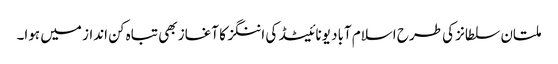
ملتان سلطانز کی طرح اسلام آباد یونائیٹڈ کی اننگز کا آغاز بھی تباہ کن انداز میں ہوا۔